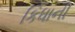
કિધાની